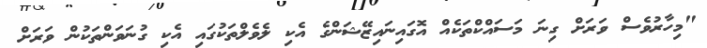
"މިހާރުވެސް ވަރަށް ގިނަ މަސައްކްތަކެއް އޮގައިނައިޒޭޝަންގެ އެކި ލެވެލްތަކުގައި އެކި ގުނަވަންތަކުން ވަރަށް